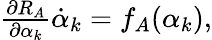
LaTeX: \begin{array}{r}{\frac{\partial R_{A}}{\partial\alpha_{k}}\dot{\alpha}_{k}=f_{A}(\alpha_{k}),}\end{array}